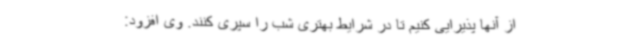
از آنها پذیرایی کنیم تا در شرایط بهتری شب را سپری کنند. وی افزود: